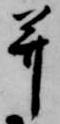
并